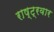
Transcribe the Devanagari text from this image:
राष्ट्रवार